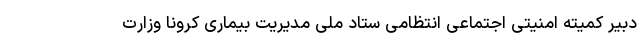
دبیر کمیته امنیتی اجتماعی انتظامی ستاد ملی مدیریت بیماری کرونا وزارت